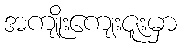
အကျိုးကျေးဇူးမှာ